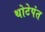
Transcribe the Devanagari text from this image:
थोटेपंत